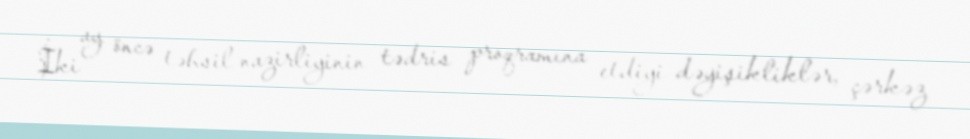
İki ay öncə təhsil nazirliyinin tədris proqramına etdiyi dəyişikliklər, çərkəz